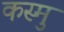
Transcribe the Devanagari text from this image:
कस्मु